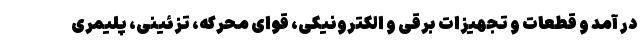
در آمد و قطعات و تجهیزات برقی و الکترونیکی، قوای محرکه، تزئینی، پلیمری